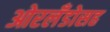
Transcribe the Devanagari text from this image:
ओरलँडोसह